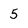
Character: 5